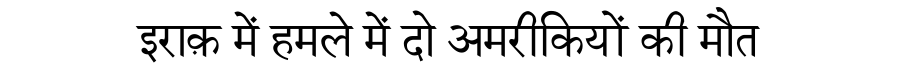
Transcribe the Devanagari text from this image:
इराक़ में हमले में दो अमरीकियों की मौत